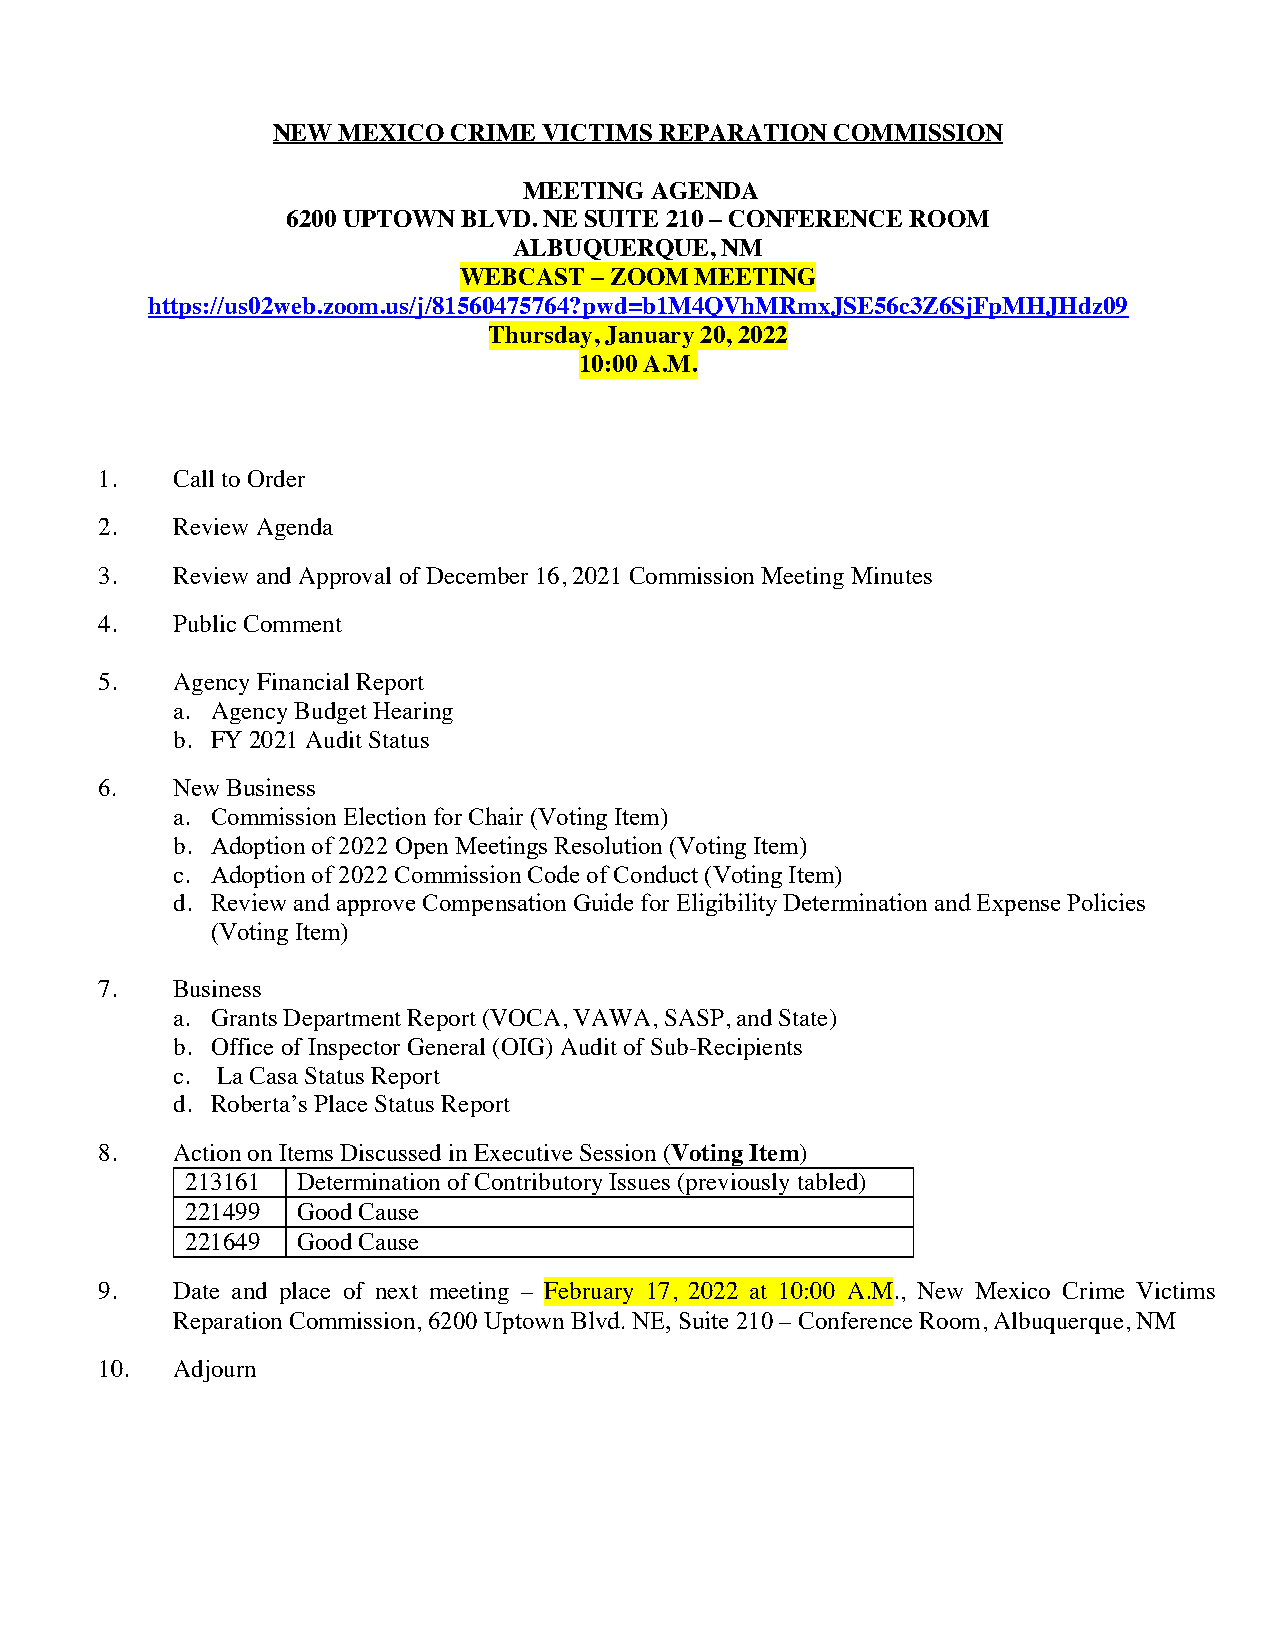
NEW MEXICO  CRIME VICTIMS REPARATION COMMISSION
 MEETING AGENDA
 6200 UPTOWN BLVD. NE SUITE 210 – CONFERENCE ROOM
 ALBUQUERQUE,  NM
 WEBCAST  – ZOOM MEETING
 https://us02web.zoom.us/j/81560475764?pwd=b1M4QVhMRmxJSE56c3Z6SjFpMHJHdz09
 Thursday, January 20, 2022
 10:00 A.M.
 1.   Call to Order
 2.   Review Agenda
 3.   Review and Approval of December 16, 2021 Commission Meeting Minutes
 4.   Public Comment
 5.   Agency Financial Report
 a. Agency Budget Hearing
 b. FY 2021 Audit Status
 6.   New Business
 a. Commission Election for Chair (Voting Item)
 b. Adoption of 2022 Open Meetings Resolution (Voting Item)
 c. Adoption of 2022 Commission Code of Conduct (Voting Item)
 d. Review and approve Compensation Guide for Eligibility Determination and Expense Policies
 (Voting Item)
 7.   Business
 a. Grants Department Report (VOCA, VAWA, SASP, and State)
 b. Office of Inspector General (OIG) Audit of Sub-Recipients
 c. La Casa Status Report
 d. Roberta’s Place Status Report
 8.   Action on Items Discussed in Executive Session (Voting Item)
 213161  Determination of Contributory Issues (previously tabled)
 221499  Good Cause
 221649  Good Cause
 9.   Date and place of next meeting – February 17, 2022 at 10:00 A.M., New Mexico Crime Victims
 Reparation Commission, 6200 Uptown Blvd. NE, Suite 210 – Conference Room, Albuquerque, NM
 10.  Adjourn